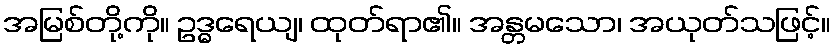
အမြစ်တို့ကို။ ဥဒ္ဓရေယျ၊ ထုတ်ရာ၏။ အန္တမသော၊ အယုတ်သဖြင့်။